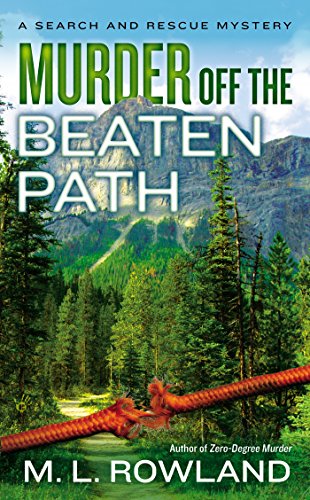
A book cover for Murder Off the Beaten Path (A Search and Rescue Mystery); M.L. Rowland; Literature & Fiction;